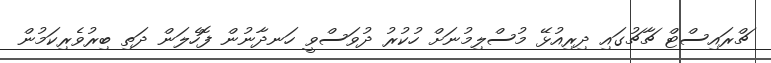
ޗްރައިސްޓް ޗާޗުގައި ދިރިއުޅޭ މުސްލިމުނަށް ހުކުރު ދުވަސްވީ ހަނދާނުން ފޮހެލަން ދަތި ބިރުވެރިކަމުން